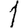
Digit: 1